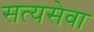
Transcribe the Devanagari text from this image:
सत्यसेवा